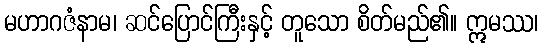
မဟာဂဇံနာမ၊ ဆင်ပြောင်ကြီးနှင့် တူသော စိတ်မည်၏။ ဣမဿ၊